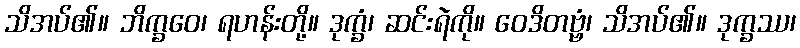
သိအပ်၏။ ဘိက္ခဝေ၊ ရဟန်းတို့။ ဒုက္ခံ၊ ဆင်းရဲကို။ ဝေဒိတဗ္ဗံ၊ သိအပ်၏။ ဒုက္ခဿ၊